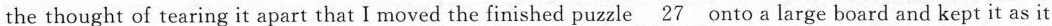
the thought of tearing it apart that I moved the finished puzzle \underline{27} onto a large board and kept it as it